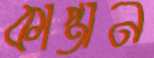
কাপ্তান